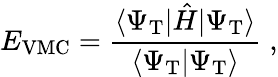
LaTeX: E_{\mathrm{VMC}}=\frac{\langle\Psi_{\mathrm{T}}|\hat{H}|\Psi_{\mathrm{T}}\rangle}{\langle\Psi_{\mathrm{T}}|\Psi_{\mathrm{T}}\rangle}\; ,